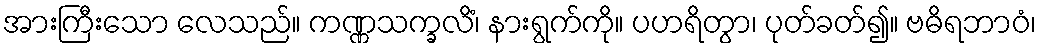
အားကြီးသော လေသည်။ ကဏ္ဏသက္ခလိံ၊ နားရွက်ကို။ ပဟရိတွာ၊ ပုတ်ခတ်၍။ ဗဓိရဘာဝံ၊